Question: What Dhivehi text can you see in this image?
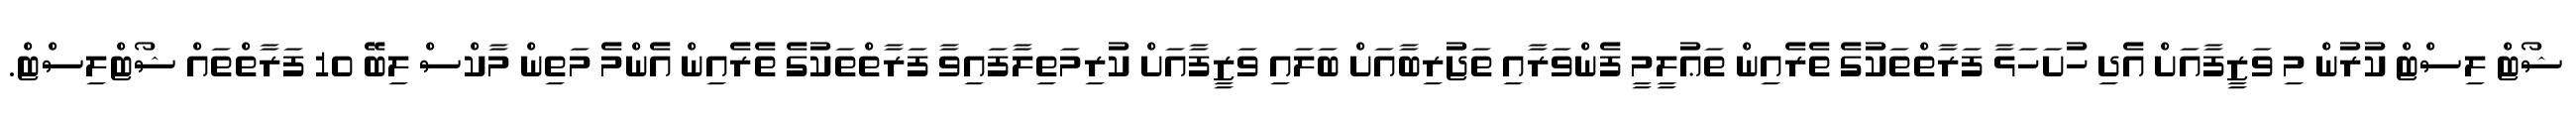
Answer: ޝޯޓް ލިސްޓް ކުރުން މި ވަޒީފާއަށް އެދި ހުށަހަޅާ ފަރާތްތަކުގެ ތެރެއިން ތަޢުލީމީ ފެންވަރާއި ތަޖުރިބާއަށް ބަލައި ވަޒީފާއަށް ކުރިމަތިލާފައިވާ ފަރާތްތަކުގެ ތެރެއިން އެންމެ މަތިން މާކްސް ލިބޭ 10 ފަރާތްތައް ޝޯޓްލިސްޓް.